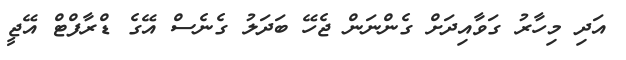
އަދި މިހާރު ގަވާއިދަށް ގެންނަން ޖެހޭ ބަދަލު ގެނެސް އޭގެ ޑްރާފްޓް އޭޖީ